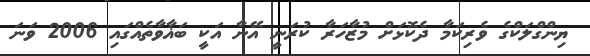
ޔިންގްލަކްގެ ވެރިކަމާ ދެކޮޅަށް މުޒާހަރާ ކުރަނީ އޭނާ އަކީ ބަޣާވާތެއްގައި 2006 ވަނަ